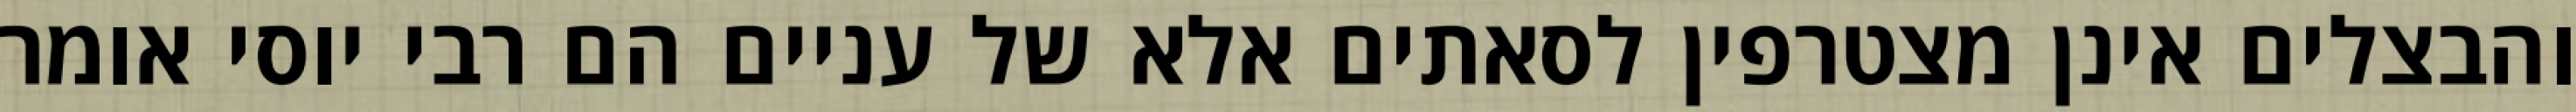
והבצלים אינן מצטרפין לסאתים אלא של עניים הם רבי יוסי אומר